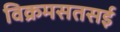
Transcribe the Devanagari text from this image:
विक्रमसतसई